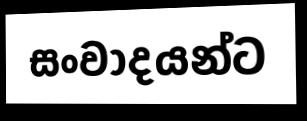
සංවාදයන්ට